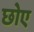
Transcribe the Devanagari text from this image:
छोए